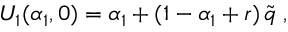
U _ { 1 } ( \alpha _ { 1 } , 0 ) = \alpha _ { 1 } + ( 1 - \alpha _ { 1 } + r ) \, \tilde { q } \; ,